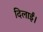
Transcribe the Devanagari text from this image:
दिलाईं।